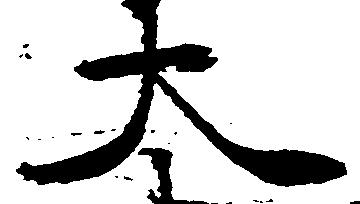
大